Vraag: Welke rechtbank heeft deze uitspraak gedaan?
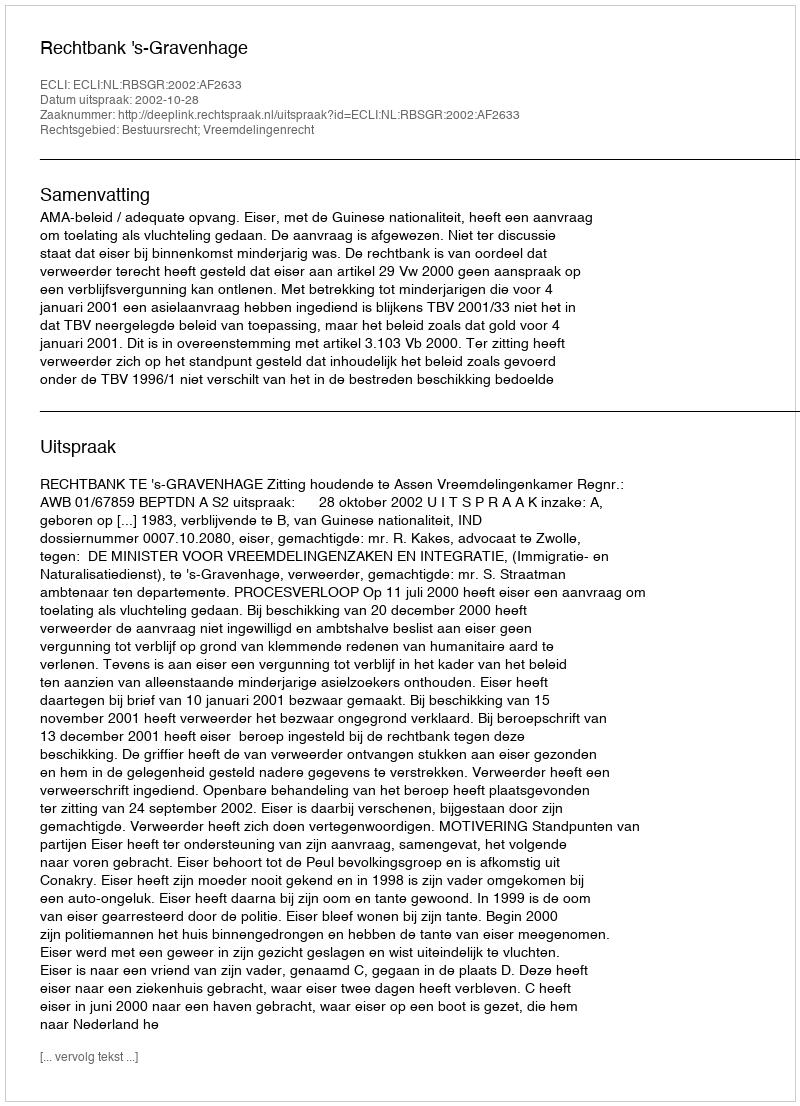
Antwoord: Rechtbank 's-Gravenhage